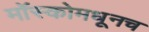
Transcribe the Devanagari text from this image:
मॉस्कोमधूनच